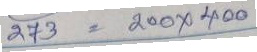
273 = 200x400